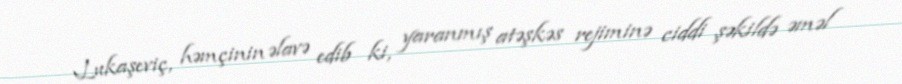
Lukaşeviç, həmçinin əlavə edib ki, yaranmış atəşkəs rejiminə ciddi şəkildə əməl